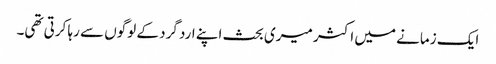
ایک زمانے میں اکثر میری بحث اپنے ارد گرد کے لوگوں سے رہا کرتی تھی۔